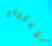
الأعتذار